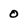
Character: 0